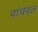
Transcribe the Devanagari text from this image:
वांचवलं